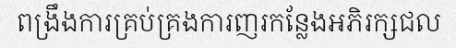
ពង្រឹងការគ្រប់គ្រងការញរកន្លែងអភិរក្សជល